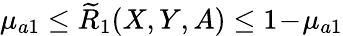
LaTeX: \mu_{a1}\leq\widetilde{R}_{1}(X,Y,A)\leq 1\! -\! \mu_{a1}